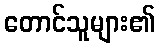
တောင်သူများ၏